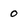
Character: o